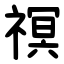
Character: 䄙